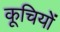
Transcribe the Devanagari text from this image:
कूचियों